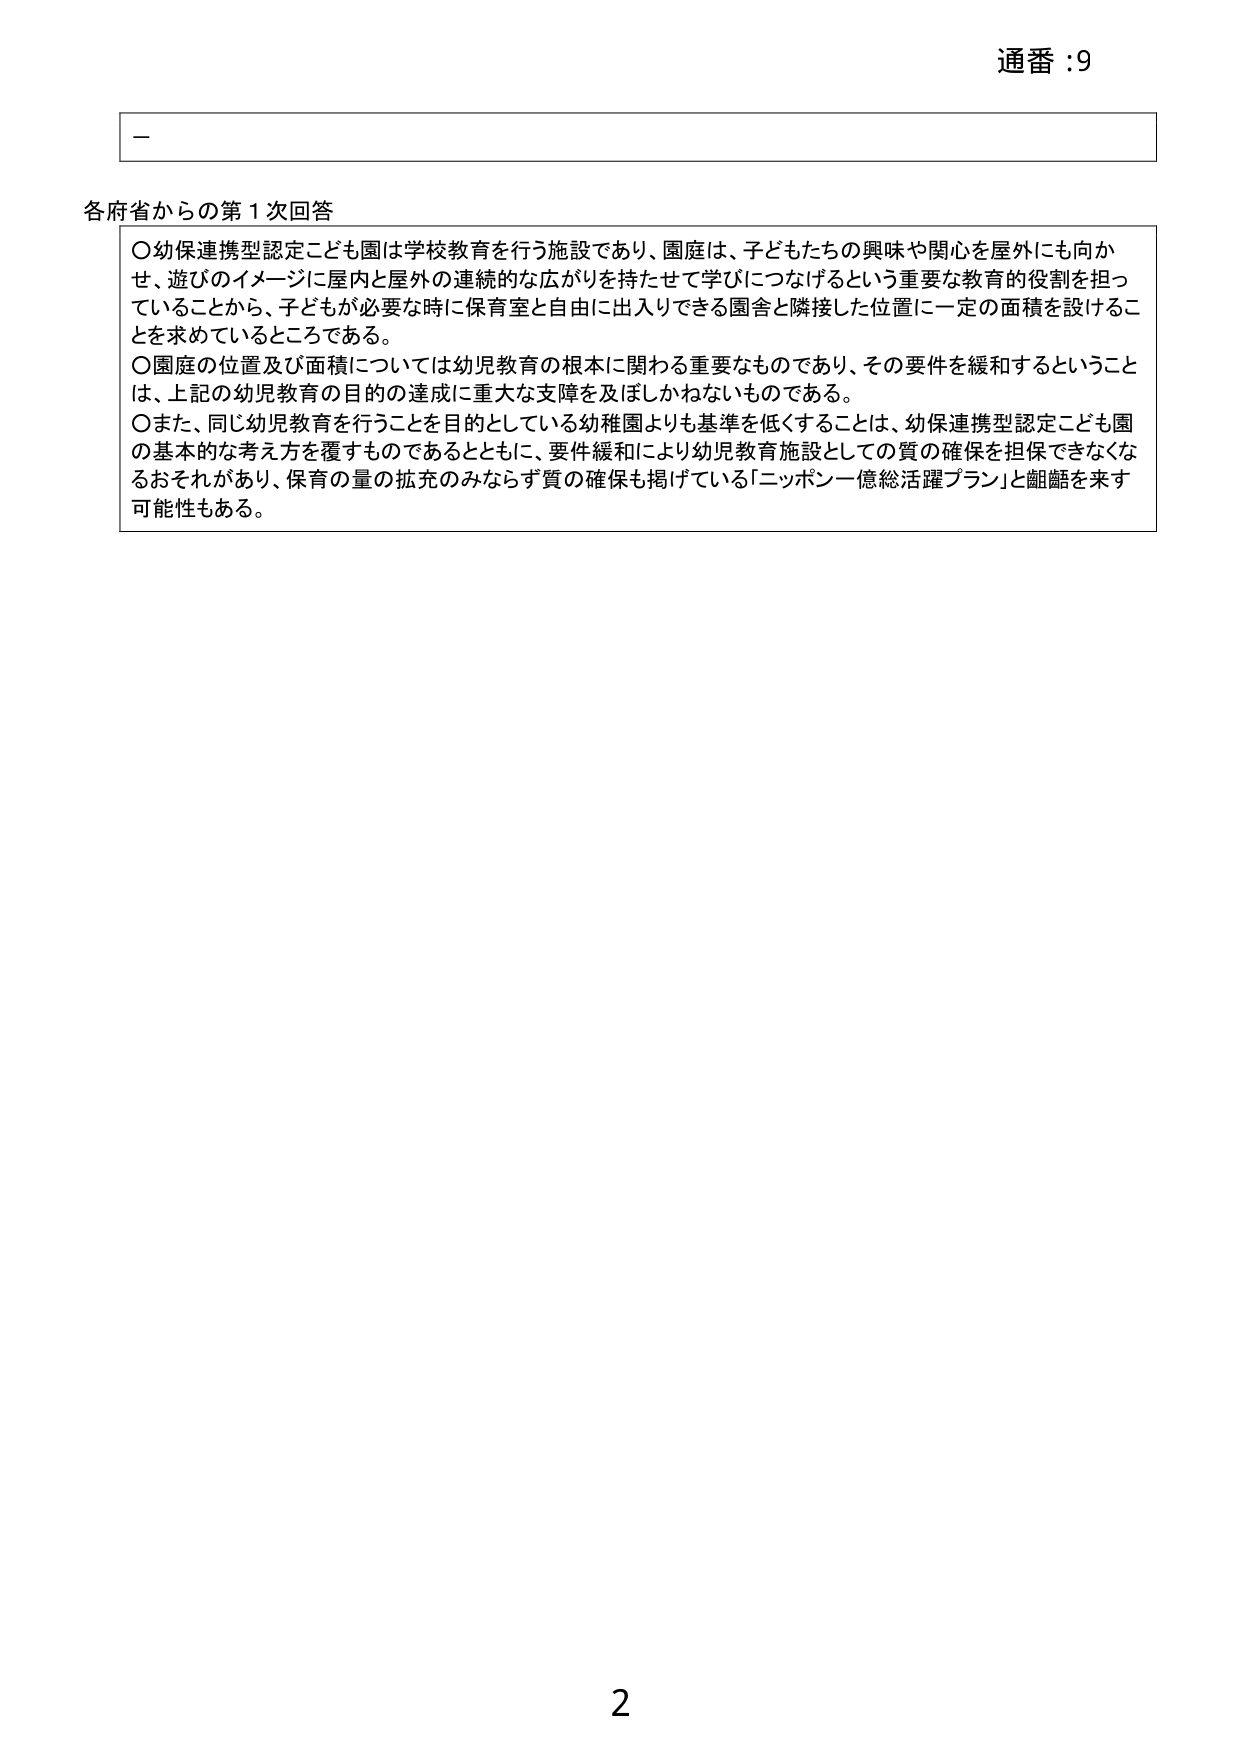
通番 :9

ー

各府省からの第1次回答

〇幼保連携型認定こども園は学校教育を行う施設であり、園庭は、子どもたちの興味や関心を屋外にも向か
せ、遊びのイメージに屋内と屋外の連続的な広がりを持たせて学びにつなげるという重要な教育的役割を担っ
ていることから、子どもが必要な時に保育室と自由に出入りできる園舎と隣接した位置に一定の面積を設けるこ
とを求めているところである。
〇園庭の位置及び面積については幼児教育の根本に関わる重要なものであり、その要件を緩和するということ
は、上記の幼児教育の目的の達成に重大な支障を及ぼしかねないものである。
〇また、同じ幼児教育を行うことを目的としている幼稚園よりも基準を低くすることは、幼保連携型認定こども園
の基本的な考え方を覆すものであるとともに、要件緩和により幼児教育施設としての質の確保を担保できなくな
るおそれがあり、保育の量の拡充のみならず質の確保も掲げている「ニッポン一億総活躍プラン」と齟齬を来す
可能性もある。

2